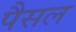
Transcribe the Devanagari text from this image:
पैसल